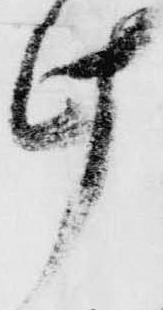
け